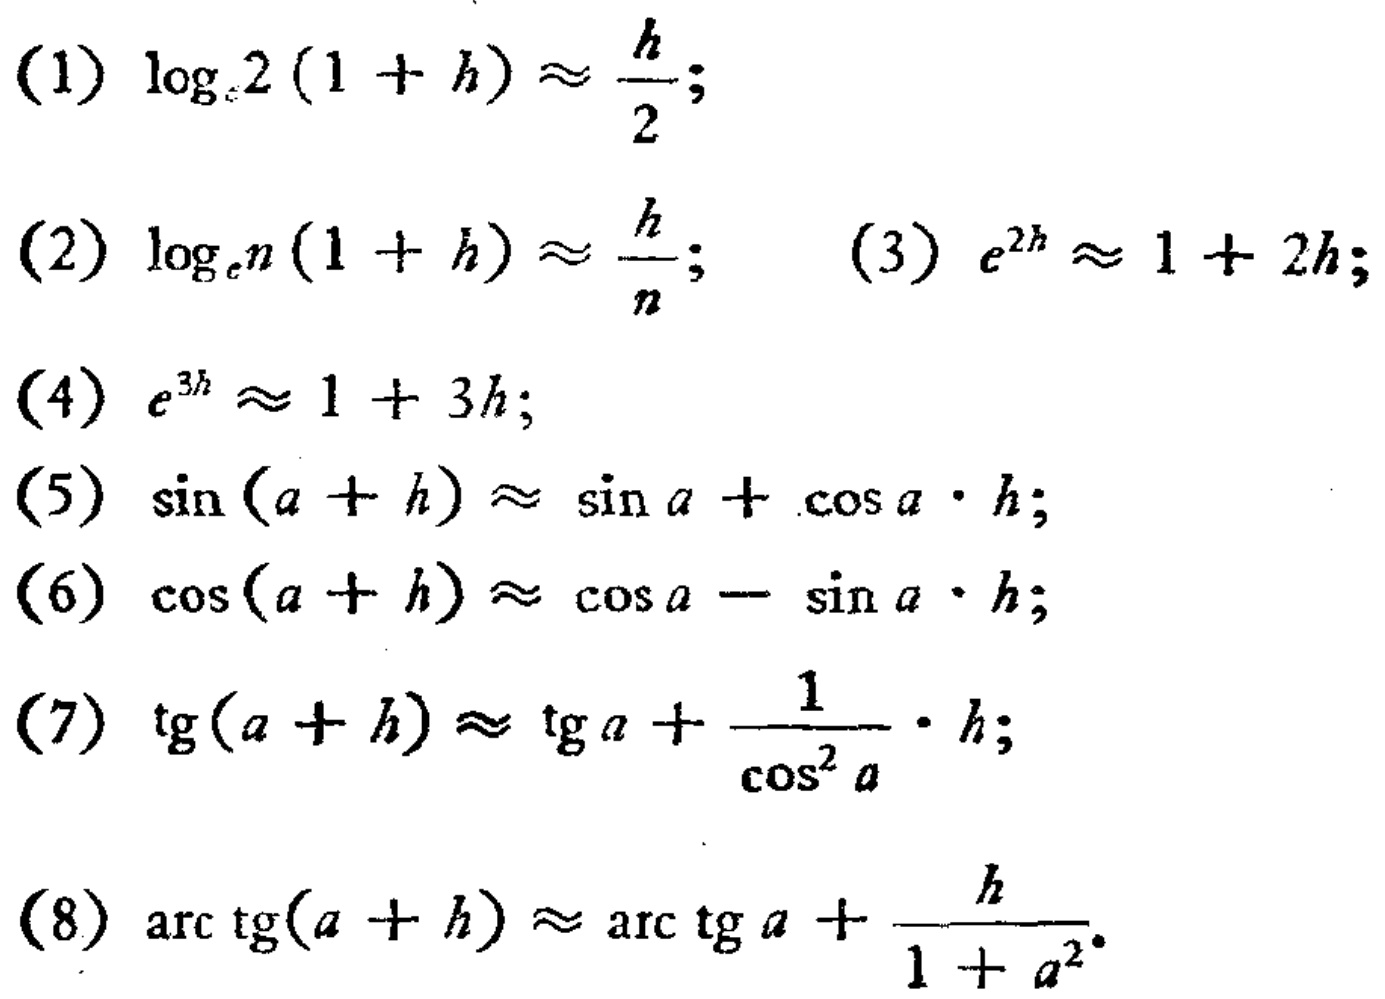
(1) \(\log_{2}(1 + h)\approx\frac{h}{2}\);
(2) \(\log_{n}(1 + h)\approx\frac{h}{n}\); (3) \(e^{2h}\approx1 + 2h\);
(4) \(e^{3h}\approx1 + 3h\);
(5) \(\sin(a + h)\approx\sin a+\cos a\cdot h\);
(6) \(\cos(a + h)\approx\cos a-\sin a\cdot h\);
(7) \(\text{tg}(a + h)\approx\text{tg}a+\frac{1}{\cos^{2}a}\cdot h\);
(8) \(\text{arc}\ \text{tg}(a + h)\approx\text{arc}\ \text{tg}a+\frac{h}{1 + a^{2}}\).